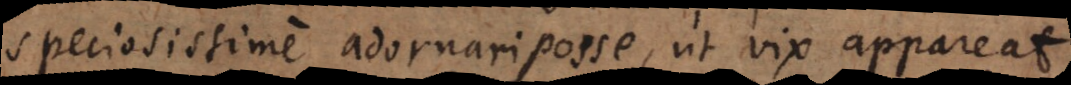
speciosissime adornari posse, ut vix appareat